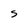
Character: S